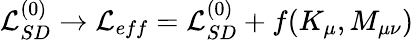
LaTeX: {\cal L}_{SD}^{(0)}\to{\cal L}_{eff}={\cal L}_{SD}^{(0)}+f(K_{\mu},M_{\mu\nu})